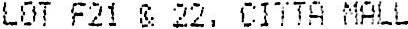
LOT F21 @ 22, CITTA MALL